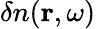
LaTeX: \delta n(\textbf{r},\omega)